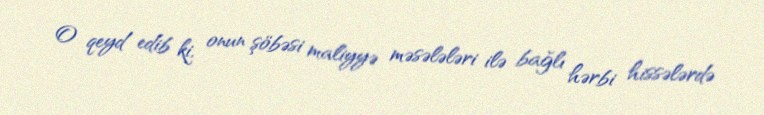
O qeyd edib ki, onun şöbəsi maliyyə məsələləri ilə bağlı hərbi hissələrdə